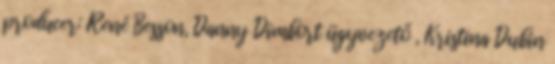
producer: René Besson, Danny Dimbort ügyvezető , Kristina Dubin